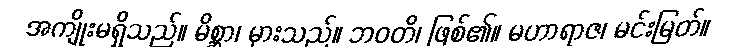
အကျိုးမရှိသည်။ မိစ္ဆာ၊ မှားသည်။ ဘဝတိ၊ ဖြစ်၏။ မဟာရာဇ၊ မင်းမြတ်။